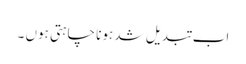
اب تبدیل شد ہونا چاہتی ہوں ۔